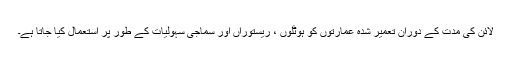
لائن کی مدت کے دوران تعمیر شدہ عمارتوں کو ہوٹلوں ، ریستوراں اور سماجی سہولیات کے طور پر استعمال کیا جاتا ہے۔